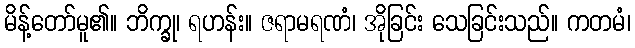
မိန့်တော်မူ၏။ ဘိက္ခု၊ ရဟန်း။ ဇရာမရဏံ၊ အိုခြင်း သေခြင်းသည်။ ကတမံ၊